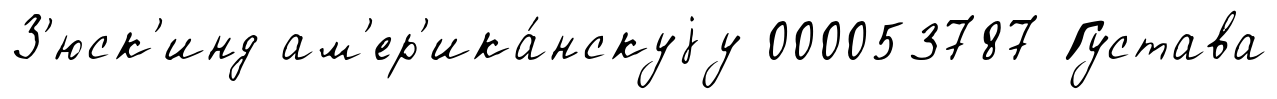
З'юск'инд ам'ер'ика́нскуjу 000053787 Густава